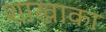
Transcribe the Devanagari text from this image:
शाखाका